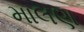
માલણ